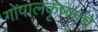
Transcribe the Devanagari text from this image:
गोपालकृष्णाचे